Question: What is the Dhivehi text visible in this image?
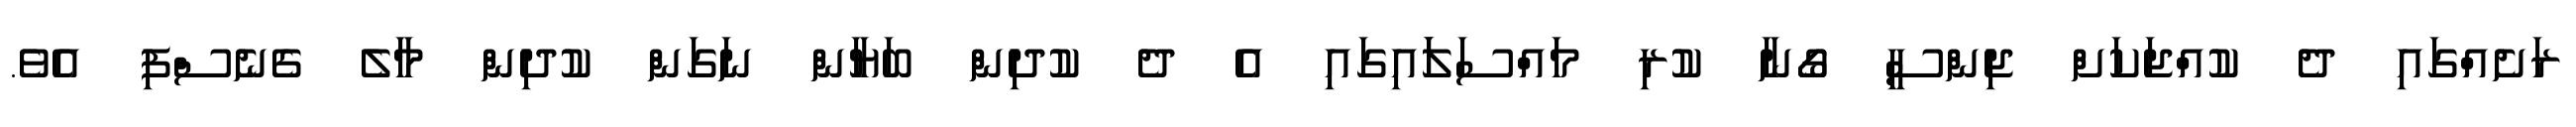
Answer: ރަށެއްގައި ދެ ކުއްޖަކަށް ޖިންސީ ގޯނާ ކުރި މައްސަލަައިގައި އެ ދެ ކުދިން ބަޔާން ނަގަން ކުދިން މާލެ ގެނެސްފި އެވެ.